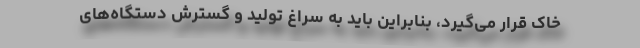
خاک قرار می‌گیرد، بنابراین باید به سراغ تولید و گسترش دستگاه‌های